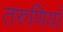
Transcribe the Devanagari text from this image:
तरुणियाँ